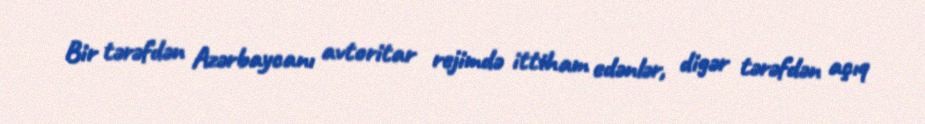
Bir tərəfdən Azərbaycanı avtoritar rejimdə ittiham edənlər, digər tərəfdən açıq